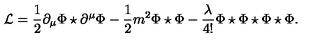
\mathcal { L } = \frac { 1 } { 2 } \partial _ { \mu } \Phi \star \partial ^ { \mu } \Phi - \frac 1 2 m ^ { 2 } \Phi \star \Phi - \frac \lambda { 4 ! } \Phi \star \Phi \star \Phi \star \Phi .